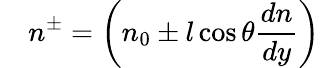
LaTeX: \quad n^{\pm}=\left(n_{0}\pm l\cos\theta{\frac{dn}{dy}}\right)